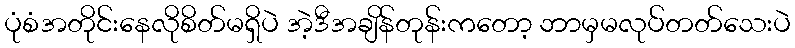
ပုံစံအတိုင်းနေလိုစိတ်မရှိပဲ အဲ့ဒီအချိန်တုန်းကတော့ ဘာမှမလုပ်တတ်သေးပဲ